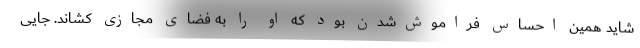
شاید همین احساس فراموش‌شدن بود که او را به فضای مجازی کشاند. جایی